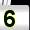
Digit: 5